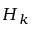
H _ { k }